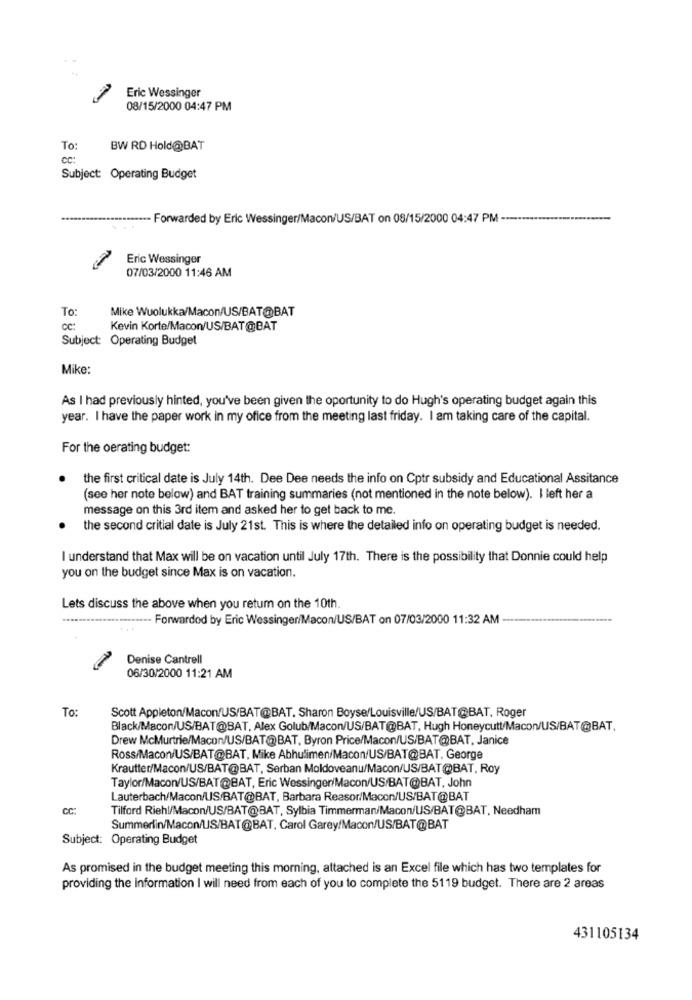
Eric Wessinger
08/15/2000 04:47 PM
To:
BW RD Hold@BAT
cc:
Subject: Operating Budget
*******..............- Forwarded by Eric Wessinger/Macon/US/BAT on 08/15/2000 04:47 PM --------
Eric Wessinger
07/03/2000 11:46 AM
To:
Mike Wuolukka/Macon/US/BAT@BAT
CC:
Kevin Korte/Macon/US/BAT@BAT
Subject: Operating Budget
Mike:
As I had previously hinted, you've been given the oportunity to do Hugh's operating budget again this
year. I have the paper work in my ofice from the meeting last friday. I am taking care of the capital.
For the oerating budget:
the first critical date is July 14th. Dee Dee needs the info on Cptr subsidy and Educational Assitance
(see her note below) and BAT training summaries (not mentioned in the note below). I left her a
message on this 3rd item and asked her to get back to me.
the second critial date is July 21st. This is where the detailed info on operating budget is needed.
I understand that Max will be on vacation until July 17th. There is the possibility that Donnie could help
you on the budget since Max is on vacation.
Lets discuss the above when you retum on the 10th.
Forwardod by Eric Wessinger/Macon/US/BAT on 07/03/2000 11:32 AM
Denise Cantrell
06/30/2000 11:21 AM
To:
Scott Appleton/Macon/US/BAT@BAT. Sharon Boyse/Louisville/US/BAT@BAT, Roger
Black/Macon/US/BAT@BAT, Alex Golub/Macon/US/BAT@BAT, Hugh Honeycutt/Macon/US/BAT@BAT,
Drew McMurtrie/Macon/US/BAT@BAT, Byron Price/Macon/US/BAT@BAT, Janice
Ross/Macon/US/BAT@BAT, Mike Abhulimen/Macon/US/BAT@BAT. George
Krautter/Macon/US/BAT@BAT, Serban Moldoveanu/Macon/US/BAT@BAT. Roy
Taylor/Macon/US/BAT@BAT, Eric Wessinger/Macon/US/BAT@BAT, John
Lauterbach/Macon/US/BAT@BAT, Barbara Reasor/Macon/US/BAT@BAT
CC:
Tilford Riehl/Macon/US/BAT@BAT, Sylbia Timmerman/Macon/US/BAT@BAT, Needham
Summerlin/Macon/US/BAT@BAT. Carol Garey/Macon/US/BAT@BAT
Subject: Operating Budget
As promised in the budget meeting this morning, attached is an Excel file which has two templates for
providing the information I will need from each of you to complete the 5119 budget. There are 2 areas
431105134